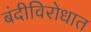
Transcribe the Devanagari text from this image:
बंदीविरोधात